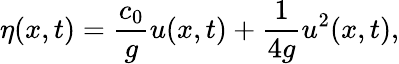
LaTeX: \eta(x,t)=\frac{c_{0}}{g}u(x,t)+\frac{1}{4g}u^{2}(x,t),